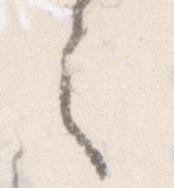
之